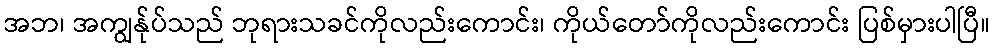
အဘ၊ အကျွန်ုပ်သည် ဘုရားသခင်ကိုလည်းကောင်း၊ ကိုယ်တော်ကိုလည်းကောင်း ပြစ်မှားပါပြီ။